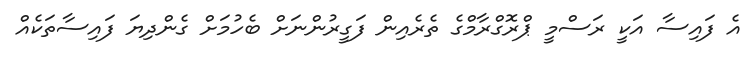
އެ ފައިސާ އަކީ ރަސްމީ ޕްރޮގްރާމްގެ ތެރެއިން ފަގީރުންނަށް ބެހުމަށް ގެންދިޔަ ފައިސާތަކެއް